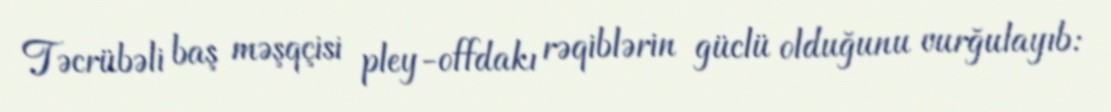
Təcrübəli baş məşqçisi pley-offdakı rəqiblərin güclü olduğunu vurğulayıb: